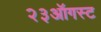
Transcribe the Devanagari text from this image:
२३ऑगस्ट